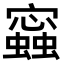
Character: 𧒧